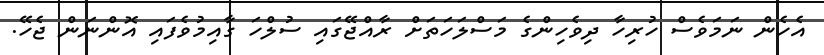
އެހެން ނަމަވެސް ހުރިހާ ދިވެހިންގެ މަސްލަހަތަށް ރާއްޖޭގައި ސުލްހަ ގާއިމުވެފައި އޮންނަން ޖެހޭ.